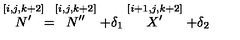
\stackrel { \lbrack i , j , k + 2 ] } { N ^ { \prime } } = \stackrel { [ i , j , k + 2 ] } { N ^ { \prime \prime } } + \delta _ { 1 } \stackrel { [ i + 1 , j , k + 2 ] } { X ^ { \prime } } + \delta _ { 2 }